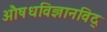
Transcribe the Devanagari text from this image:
अाैषधविज्ञानविद्